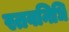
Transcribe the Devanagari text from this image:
स्तवनिधि